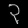
Digit: ၃